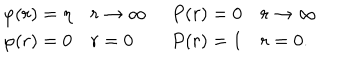
\begin{array} { l l } { { \begin{array} { l l } { { \varphi ( r ) = \eta } } & { { r \rightarrow \infty } } \\ { { \varphi ( r ) = 0 } } & { { r = 0 } } \\ \end{array} } } & { { \begin{array} { l l } { { P ( r ) = 0 } } & { { r \rightarrow \infty } } \\ { { P ( r ) = 1 } } & { { r = 0 . } } \\ \end{array} } } \\ \end{array}